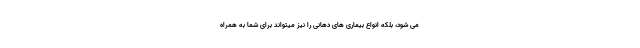
می شود، بلکه انواع بیماری های دهانی را نیز میتواند برای شما به همراه